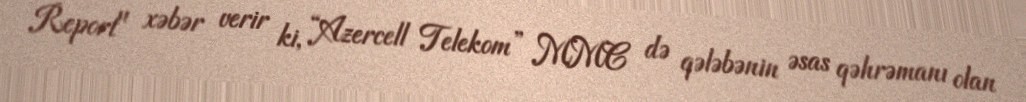
Report" xəbər verir ki, “Azercell Telekom” MMC də qələbənin əsas qəhrəmanı olan